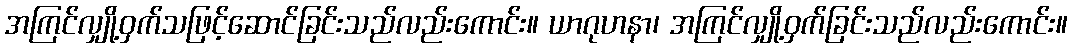
အကြင်လျှို့ဝှက်သဖြင့်ဆောင်ခြင်းသည်လည်းကောင်း။ ယာဂုဟနာ၊ အကြင်လျှို့ဝှက်ခြင်းသည်လည်းကောင်း။